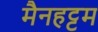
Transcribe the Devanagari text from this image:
मैनहट्टम